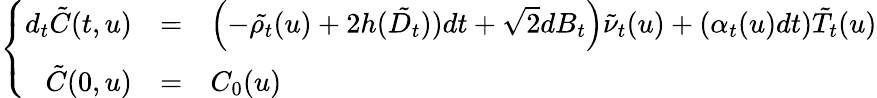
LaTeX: \left\{ \begin{array}{rcl}{d_{t}{\tilde{C}}(t,u)}&{=}&{\left(-\tilde{\rho_{t}}(u)+2h(\tilde{D_{t}}))dt+\sqrt{2}dB_{t}\right)\tilde{\nu}_{t}(u)+(\alpha_{t}(u)dt)\tilde{T}_{t}(u)}\\ {{\tilde{C}}(0,u)}&{=}&{C_{0}(u)}\end{array}\right.